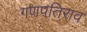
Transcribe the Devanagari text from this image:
गणपतिराव